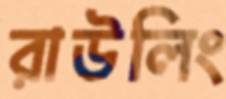
রাউলিং